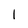
Character: 1